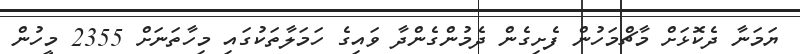
ޔަމަނާ ދެކޮޅަށް މާޗްމަހުން ފެށިގެން ދެމުންގެންދާ ވައިގެ ހަމަލާތަކުގައި މިހާތަނަށް 2355 މީހުން